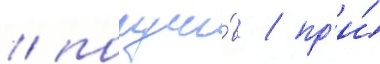
/ получи́в / пр'и́